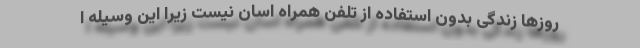
روزها زندگی بدون استفاده از تلفن همراه اسان نیست زیرا این وسیله ا